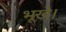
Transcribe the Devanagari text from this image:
भूखे।